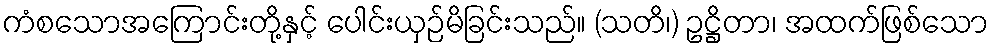
ကံစသောအကြောင်းတို့နှင့် ပေါင်းယှဉ်မိခြင်းသည်။ (သတိ၊) ဥဋ္ဌိတာ၊ အထက်ဖြစ်သော